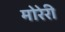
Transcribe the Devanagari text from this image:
मोरेरी